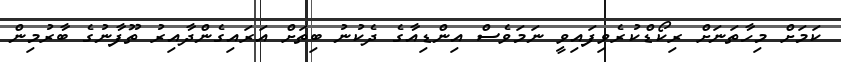
ކަމަށް މިހާތަނަށް ރިކޯޑްކުރެވިފައިވީ ނަމަވެސް އިންޑިއާގެ ދެކުނު ބިތަށް އަރައިގެންދާއިރު ތޫފާނުގެ ބާރުމިން